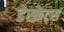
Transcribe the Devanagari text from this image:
डेस्क्रेट्स